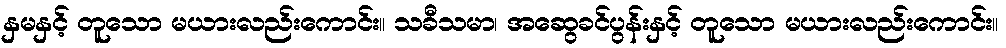
နှမနှင့် တူသော မယားလည်းကောင်း။ သခီသမာ၊ အဆွေခင်ပွန်းနှင့် တူသော မယားလည်းကောင်း။